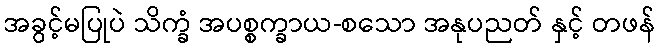
အခွင့်မပြုပဲ သိက္ခံ အပစ္စက္ခာယ-စသော အနုပညတ် နှင့် တဖန်